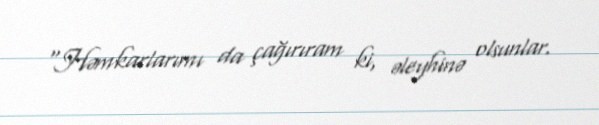
"Həmkarlarımı da çağırıram ki, əleyhinə olsunlar.